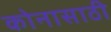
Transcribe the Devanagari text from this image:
कोनासाठी